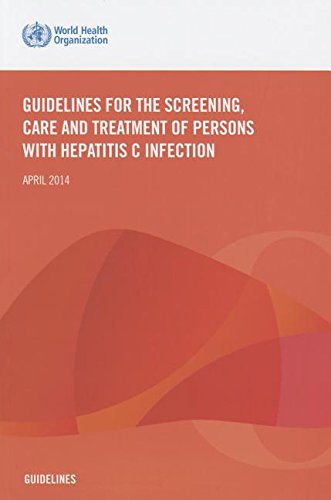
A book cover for Guidelines for the Screening Care and Treatment of Persons with Hepatitis C Infection; World Health Organization; Health, Fitness & Dieting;